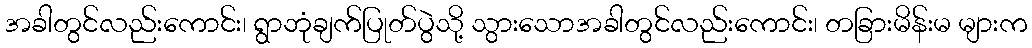
အခါတွင်လည်းကောင်း၊ ရွာဘုံချက်ပြုတ်ပွဲသို့ သွားသောအခါတွင်လည်းကောင်း၊ တခြားမိန်းမ များက